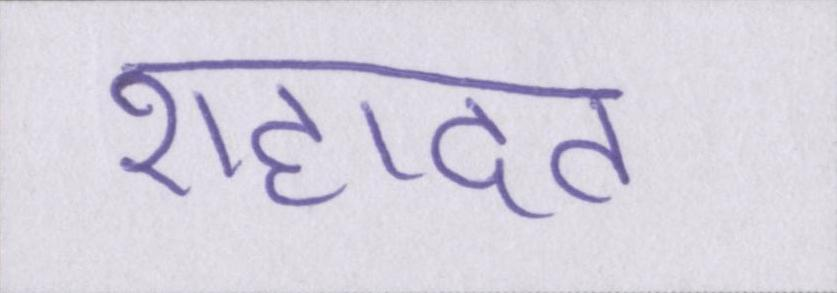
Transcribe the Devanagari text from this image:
शहादत